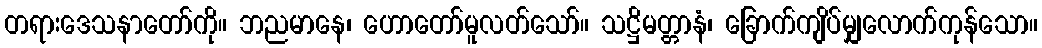
တရားဒေသနာတော်ကို။ ဘညမာနေ၊ ဟောတော်မူလတ်သော်။ သဋ္ဌိမတ္တာနံ၊ ခြောက်ကျိပ်မျှလောက်ကုန်သော။